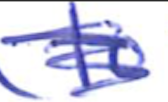
Text: to
Cross-out: scratch
Writing tool: ballpoint